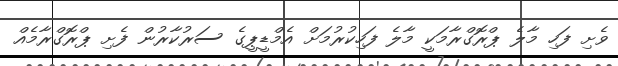
ވެށި ފަހި މާލެ ޕްރޮގްރާމަކީ މާލެ ފަހިކުރުމަށް އެމްޑީޕީގެ ސަރުކާރުން ފެށި ޕްރޮގްރާމެއް